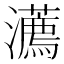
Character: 瀳